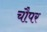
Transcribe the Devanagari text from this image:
चौपर